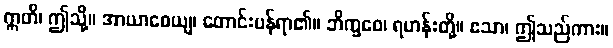
ဣတိ၊ ဤသို့။ အာယာစေယျ၊ တောင်းပန်ရာ၏။ ဘိက္ခဝေ၊ ရဟန်းတို့။ ဧသာ၊ ဤသည်ကား။